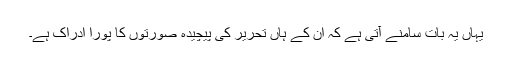
یہاں یہ بات سامنے آتی ہے کہ ان کے ہاں تحریر کی پیچیدہ صورتوں کا پورا ادراک ہے۔